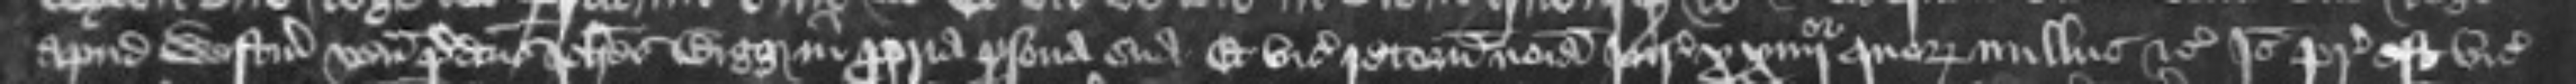
apud Westmonasterium venit predictus Johannes Bigg in propria persona sua Et vicecomites retornaverunt nomina Jurate xxiiijor quorum nullus etc Ideo preceptum est vicecomitibus